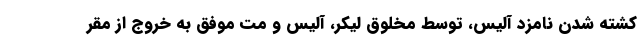
کشته شدن نامزد آلیس، توسط مخلوق لیکر، آلیس و مت موفق به خروج از مقر